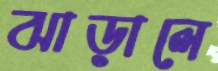
ঝাড়ালে